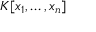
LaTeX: K [ x _ { 1 } , \ldots , x _ { n } ]